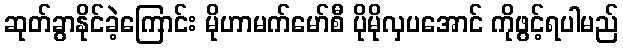
ဆုတ်ခွာနိုင်ခဲ့ကြောင်း မိုဟာမက်မော်စီ ပိုမိုလှပအောင် ကိုဖွင့်ရပါမည်